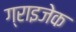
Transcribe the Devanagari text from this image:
ग्राइजेक